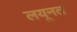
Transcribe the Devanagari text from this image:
लयूनत